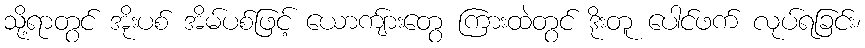
သို့ရာတွင် အိုးပစ် အိမ်ပစ်ဖြင့် ယောကျ်ားတွေ ကြားထဲတွင် ဒိုးတူ ပေါင်ဖက် လုပ်ရခြင်း၊